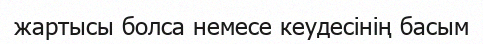
жартысы болса немесе кеудесінің басым